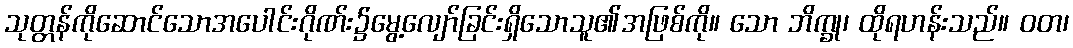
သုတ္တန်ကိုဆောင်သောအပေါင်းဂိုဏ်း၌မွေ့လျော်ခြင်းရှိသောသူ၏အဖြစ်ကို။ သော ဘိက္ခု၊ ထိုရဟန်းသည်။ ဝတ၊